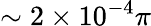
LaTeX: \sim 2\times 10^{-4}\pi